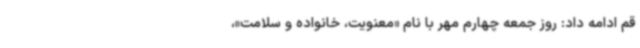
قم ادامه داد: روز جمعه چهارم مهر با نام «معنویت، خانواده و سلامت»،